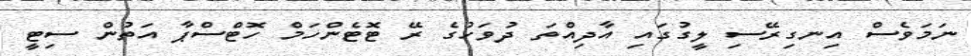
ނަމަވެސް އިނގިރޭސި ލީގުގައި އާދިއްތަ ދުވަހުގެ ރޭ ޓޮޓެންހަމް ހޮޓްސްޕާ އަތުން ސިޓީ